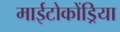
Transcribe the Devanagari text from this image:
माईटोकोंड्रिया